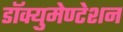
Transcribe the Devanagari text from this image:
डॉक्युमेण्टेशन